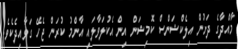
މާއްދާގެ ދަށުން އިލެކްޝަންސް ކޮމިޝަން އިން އެކުލަވާލައި އާންމު ކުރަން ޖެހޭ ގަވާއިދެކެވެ.